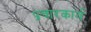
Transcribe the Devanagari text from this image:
प्रचारकार्य